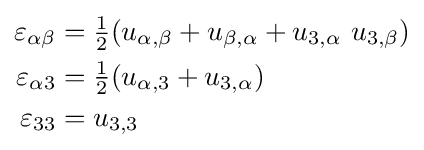
{\begin{aligned}\varepsilon _{\alpha \beta }&={\tfrac {1}{2}}(u_{\alpha ,\beta }+u_{\beta ,\alpha }+u_{3,\alpha }~u_{3,\beta })\\\varepsilon _{\alpha 3}&={\tfrac {1}{2}}(u_{\alpha ,3}+u_{3,\alpha })\\\varepsilon _{33}&=u_{3,3}\end{aligned}}